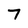
Character: 7